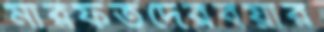
মারফতদেরবয়ার